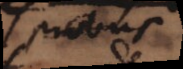
probus